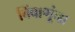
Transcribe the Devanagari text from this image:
बिंबाणूंना